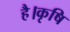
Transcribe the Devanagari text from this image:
है।कृषि